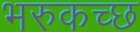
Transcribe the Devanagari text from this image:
भरुकच्छ